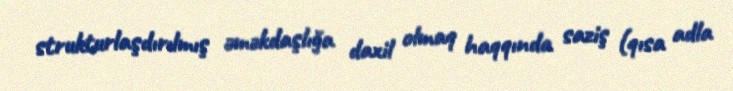
strukturlaşdırılmış əməkdaşlığa daxil olmaq haqqında saziş (qısa adla